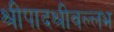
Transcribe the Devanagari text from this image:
श्रीपादश्रीवल्लभ